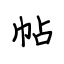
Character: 帖